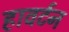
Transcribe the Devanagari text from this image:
हावर्टन